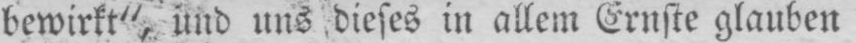
bewirkt”, und uns dieses in allem Ernste glauben